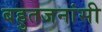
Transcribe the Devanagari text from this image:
बहुतजनांसी